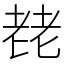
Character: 䎜